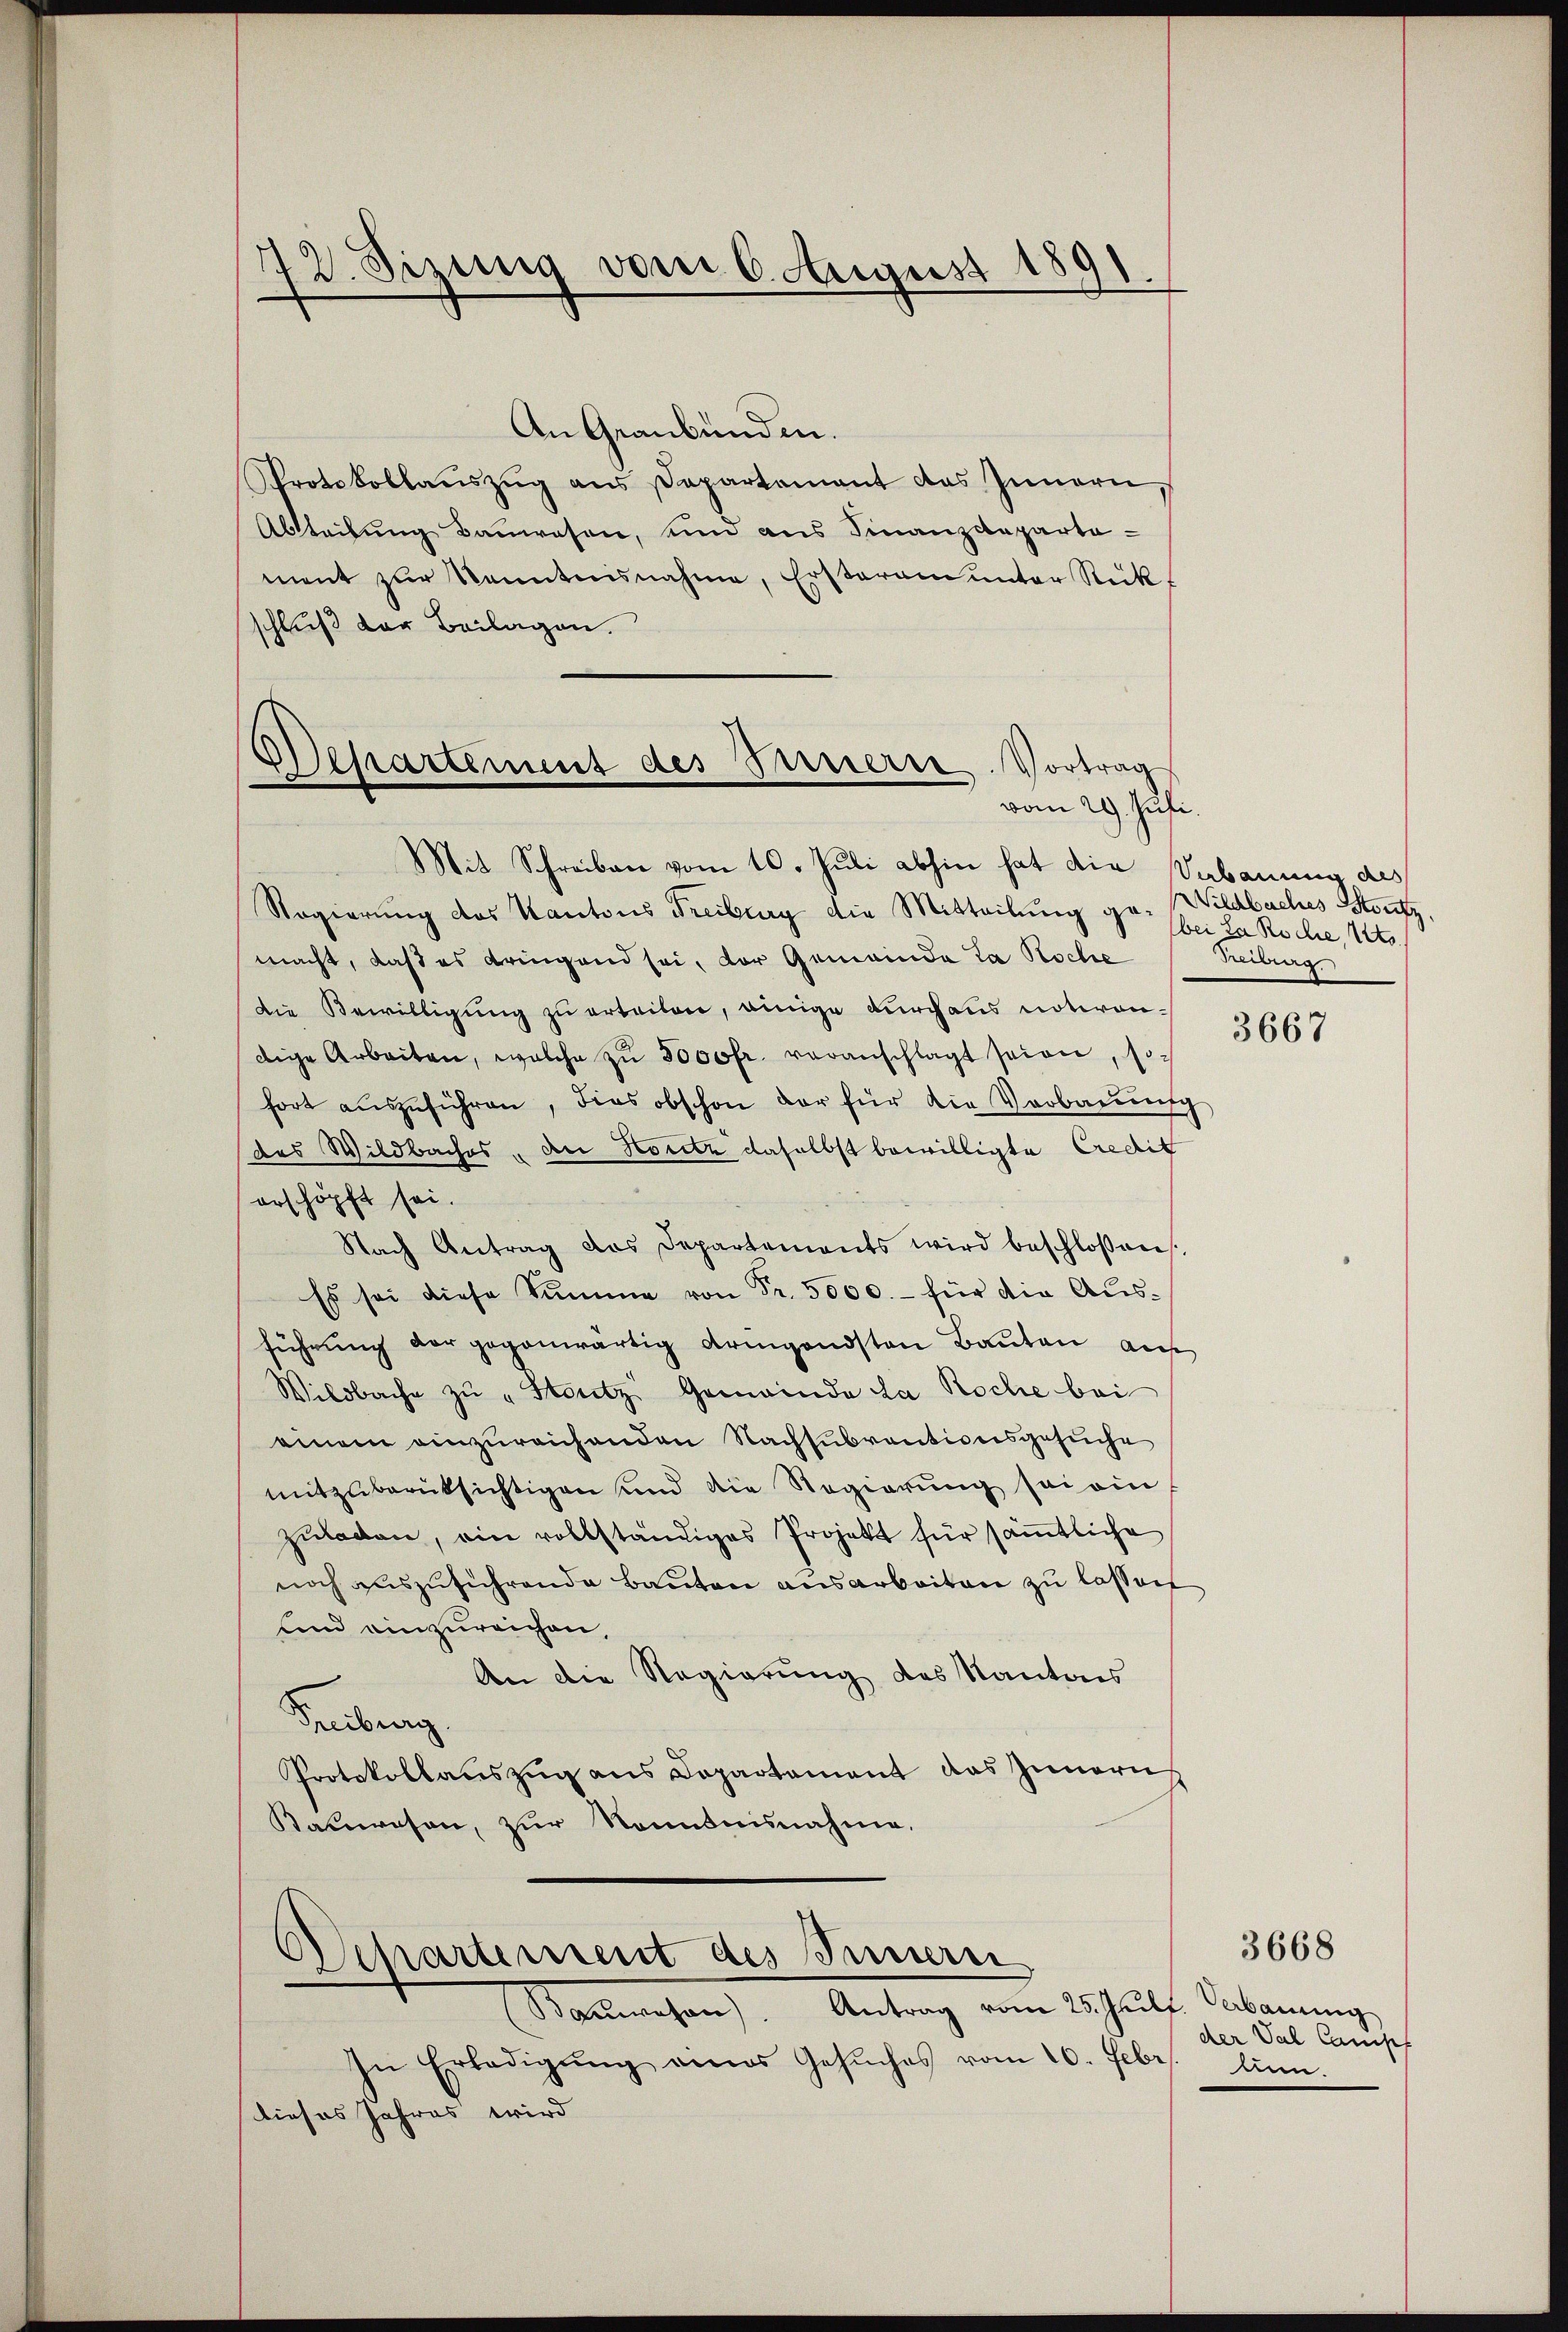
72. Sizung vom 6. August 1891.

An Graubünden.
Protokollaŭszŭg ans Papartament das Innern,
Abteilung Bauwesen, und aus Finanzdepartement zur Kenntnisnahme, Ersteram unter Rücks
schluß der Beilagen.
Mit Schreiben vom 10. Juli abhin hat die Sabauung des
Ragierung des Kantons Freiburg die Mitteilung pr. bei Roche, Uto
macht, daß es dringend sei, der Gemeinde la Roche
Die Bewilligung zu erteilen, einige durchaus notwendige Arbeiten, welche zŭ 5000fr. veranschlagt seien, sofort aŭszŭführen, dies obschon der für die Vorbaŭŭng
des Wildbaches, den Hotz daselbst bewilligte Credit
erschöpft sei.
Nach Antrag des Departements wird beschloßenes.
Es sei diese Summe von Fr. 5000.- für die Ausführŭng der gegenwärtig Armgandsten Baŭten auf
Wildbache zŭ "Stenitz Gemeinde da Roche bei
einem einzureichenden Nachsubventionsgesuche
mitzuberücksichtigen und die Regierung sei ein
zuladen, ein vollständiges Projekt für sämmtliche
noch auszuführende Bauten ausarbeiten zu lassen
und einzureichen,
An die Regierung des Kantons
Freibung.
Protokollanszŭg ans Departament das Innern
Kauwesen, zur Kenntnisnahme.

Departement des Feuerre. Vortrag
vom 29. Juli.

Departement des Innern

Baŭwesen. Antrag vom 25. Julf. Abanung
In Erledigŭng eines Gesŭches vom 20. Febr. lin.
dieses Jahres wird

Wildbaches Soutz.
Freiburg

3667

der Val Campf

3668